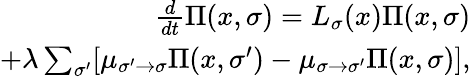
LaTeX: \begin{array}{r}{\frac{d}{dt}\Pi(x,\sigma)=L_{\sigma}(x)\Pi(x,\sigma)}\\ {+\lambda\sum_{\sigma^{\prime}}[\mu_{\sigma^{\prime}\to\sigma}\Pi(x,\sigma^{\prime})-\mu_{\sigma\to\sigma^{\prime}}\Pi(x,\sigma)],}\end{array}